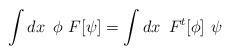
LaTeX: \begin{align*}\int dx \,\,\, \phi \,\, F[ \psi ] = \int dx \,\,\, F^t[ \phi ] \,\,\psi\end{align*}